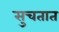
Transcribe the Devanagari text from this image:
सुचतात